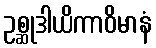
ဥစ္ဆုဒါယိကာဝိမာနံ